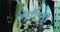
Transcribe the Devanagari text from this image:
गोदता